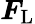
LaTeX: \boldsymbol{F}_{\textup{L}}